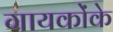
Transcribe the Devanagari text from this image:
गायकोंके